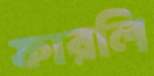
ফারলি